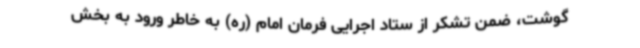
گوشت، ضمن تشکر از ستاد اجرایی فرمان امام (ره) به خاطر ورود به بخش